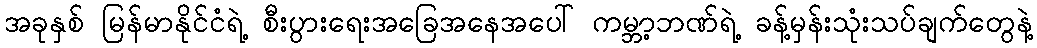
အခုနှစ် မြန်မာနိုင်ငံရဲ့ စီးပွားရေးအခြေအနေအပေါ် ကမ္ဘာ့ဘဏ်ရဲ့ ခန့်မှန်းသုံးသပ်ချက်တွေနဲ့